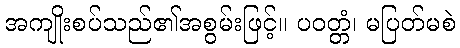
အကျိုးစပ်သည်၏အစွမ်းဖြင့်။ ပဝတ္တံ၊ မပြတ်မစဲ